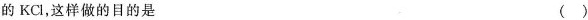
的KCl，这样做的目的是 ( )